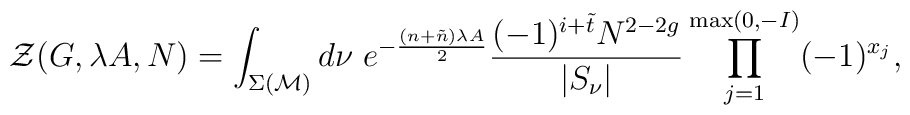
{\cal Z} (G,\lambda A, N) =\int_{\Sigma ({\cal M} )} d \nu\;  e^{- \frac{(n + \tilde{n}) \lambda A}{2} }\frac{(-1)^{i + \tilde{t}} N^{2 -2 g}}{ |S_\nu |}\prod_{j=1 }^{\max (0, - I)}(-1)^{x_j},